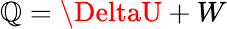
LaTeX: \mathbb{Q}=\DeltaU+W